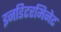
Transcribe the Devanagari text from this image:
इनडिटरमिनेट